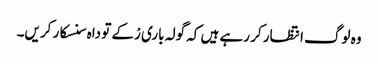
وہ لوگ انتظار کر رہے ہیں کہ گولہ باری رْکے تو داہ سنسکار کریں۔